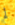
لم